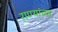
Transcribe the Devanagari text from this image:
राण्यांच्या